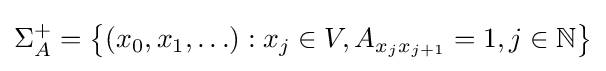
\Sigma _{A}^{+}=\left\{(x_{0},x_{1},\ldots ):x_{j}\in V,A_{x_{j}x_{j+1}}=1,j\in \mathbb {N} \right\}